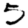
Digit: 5